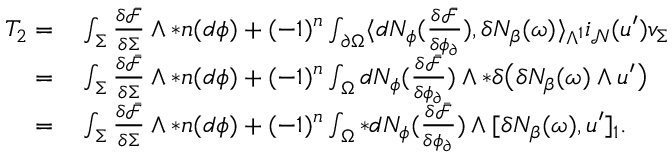
\begin{array} { r l } { T _ { 2 } = } & { { } \int _ { \Sigma } \frac { \delta \bar { \mathcal { F } } } { \delta \Sigma } \wedge \ast \boldsymbol { n } ( d \phi ) + ( - 1 ) ^ { n } \int _ { \partial \Omega } \langle d N _ { \phi } ( \frac { \delta \bar { \mathcal { F } } } { \delta \phi _ { \partial } } ) , \delta N _ { \beta } ( \omega ) \rangle _ { \Lambda ^ { 1 } } i _ { \mathcal { N } } ( u ^ { \prime } ) v _ { \Sigma } } \\ { = } & { { } \int _ { \Sigma } \frac { \delta \bar { \mathcal { F } } } { \delta \Sigma } \wedge \ast \boldsymbol { n } ( d \phi ) + ( - 1 ) ^ { n } \int _ { \Omega } d N _ { \phi } ( \frac { \delta \bar { \mathcal { F } } } { \delta \phi _ { \partial } } ) \wedge \ast \delta \big ( \delta N _ { \beta } ( \omega ) \wedge u ^ { \prime } \big ) } \\ { = } & { { } \int _ { \Sigma } \frac { \delta \bar { \mathcal { F } } } { \delta \Sigma } \wedge \ast \boldsymbol { n } ( d \phi ) + ( - 1 ) ^ { n } \int _ { \Omega } \ast d N _ { \phi } ( \frac { \delta \bar { \mathcal { F } } } { \delta \phi _ { \partial } } ) \wedge [ \delta N _ { \beta } ( \omega ) , u ^ { \prime } ] _ { 1 } . } \end{array}